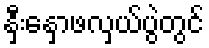
နှီးနှောဖလှယ်ပွဲတွင်